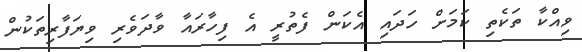
ވިއްކާ ތަކެތި ކަމަށް ހަދައި އެކަން ފެތުރީ އެ ފިހާރައާ ވާދަވެރި ވިޔަފާރިތަކުން